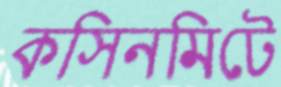
কসিনমিটে